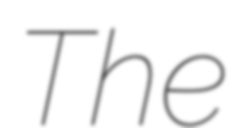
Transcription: The